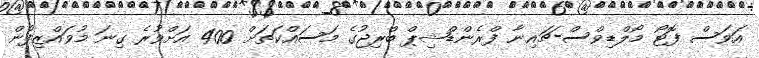
އަވަސް ފޮޓޯ މޯލްޑިވްސް-ޗައިނާ ފްރެންޑްޝިޕް ބްރިޖުގެ މަސައްކަތަށް 400 އަށްވުރެ ގިނަ މުވައްޒިފުން